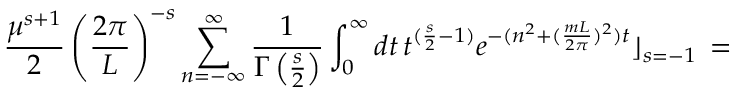
\frac { \mu ^ { s + 1 } } { 2 } \left( \frac { 2 \pi } { L } \right) ^ { - s } \sum _ { n = - \infty } ^ { \infty } \frac { 1 } { \Gamma \left( \frac { s } { 2 } \right) } \int _ { 0 } ^ { \infty } d t \, t ^ { ( \frac { s } { 2 } - 1 ) } e ^ { - ( n ^ { 2 } + ( \frac { m L } { 2 \pi } ) ^ { 2 } ) t } \rfloor _ { s = - 1 } \, =